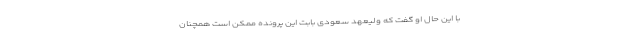
با این حال او گفت که ولیعهد سعودی بابت این پرونده ممکن است همچنان